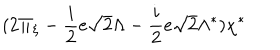
LaTeX: ( 2 \Pi _ { \xi } - \frac { i } { 2 } e \sqrt { 2 } \Lambda - \frac { i } { 2 } e \sqrt { 2 } \Lambda ^ { * } ) \chi ^ { * }